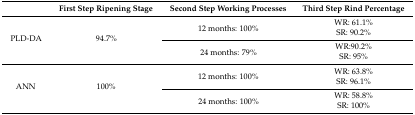
<table><thead><tr><td></td><td><b>First Step Ripening Stage</b></td><td><b>Second Step Working Processes</b></td><td><b>Third Step Rind Percentage</b></td></tr></thead><tbody><tr><td rowspan="4">PLD-DA</td><td rowspan="4">94.7%</td><td rowspan="2">12 months: 100%</td><td>WR: 61.1%</td></tr><tr><td>SR: 90.2%</td></tr><tr><td rowspan="2">24 months: 79%</td><td>WR:90.2%</td></tr><tr><td>SR: 95%</td></tr><tr><td rowspan="4">ANN</td><td rowspan="4">100%</td><td rowspan="2">12 months: 100%</td><td>WR: 63.8%</td></tr><tr><td>SR: 96.1%</td></tr><tr><td rowspan="2">24 months: 100%</td><td>WR: 58.8%</td></tr><tr><td>SR: 100%</td></tr></tbody></table>